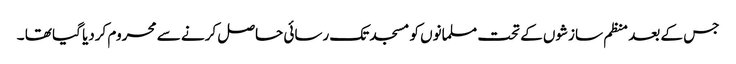
جس کے بعد منظم سازشوں کے تحت مسلمانوں کو مسجد تک رسائی حاصل کرنے سے محروم کردیا گیا تھا ۔